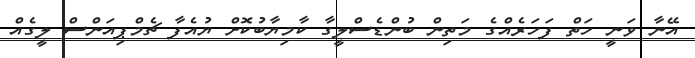
އޭނާ ވަނީ ހަތް ފަހަރެއްގެ މަތިން ބުންޑެސްލީގާ ކާމިޔާބުކޮށް ޔުއެފާ ޗެމްޕިއަންސް ލީގެއް